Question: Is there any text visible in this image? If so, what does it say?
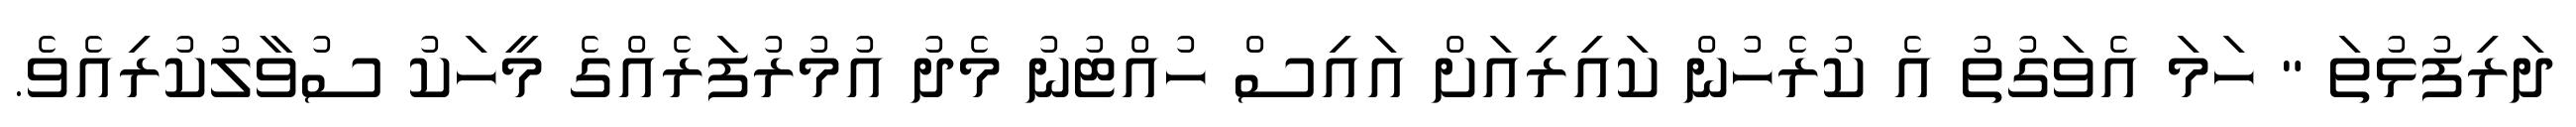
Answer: ދަރިފުޅުތަ " ހަމަ އެވަގުތު އެ ކުރެހުން ކައިރިއަށް އައިސް ހުއްޓުނު މެދު އުމުރުފަރެއްގެ މީހަކު ސުވާލުކުރިއެވެ.